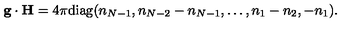
{ \bf g } \cdot { \bf H } = { 4 \pi } \mathrm { d i a g } ( n _ { N - 1 } , n _ { N - 2 } - n _ { N - 1 } , \dots , n _ { 1 } - n _ { 2 } , - n _ { 1 } ) .